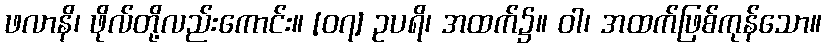
ဖလာနိ၊ ဖိုလ်တို့လည်းကောင်း။ [၀၇] ဥပရိ၊ အထက်၌။ ဝါ၊ အထက်ဖြစ်ကုန်သော။